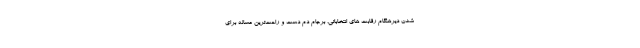
شدن ديرهنگام رقابت هاي انتخاباتي، برجام دم دست و راحت‌ترين مساله براي